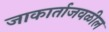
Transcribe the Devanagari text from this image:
जाकार्ताजवळील